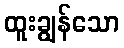
ထူးချွန်သော